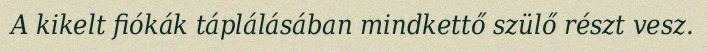
A kikelt fiókák táplálásában mindkettő szülő részt vesz.